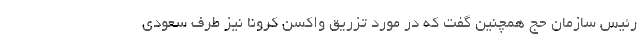
رئیس سازمان حج همچنین گفت که در مورد تزریق واکسن کرونا نیز طرف سعودی